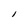
Character: l